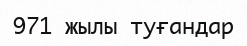
971 жылы туғандар